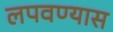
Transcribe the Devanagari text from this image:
लपवण्यास